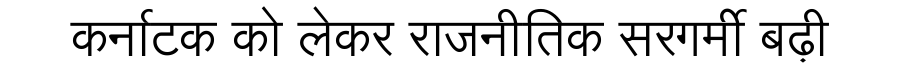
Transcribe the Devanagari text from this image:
कर्नाटक को लेकर राजनीतिक सरगर्मी बढ़ी